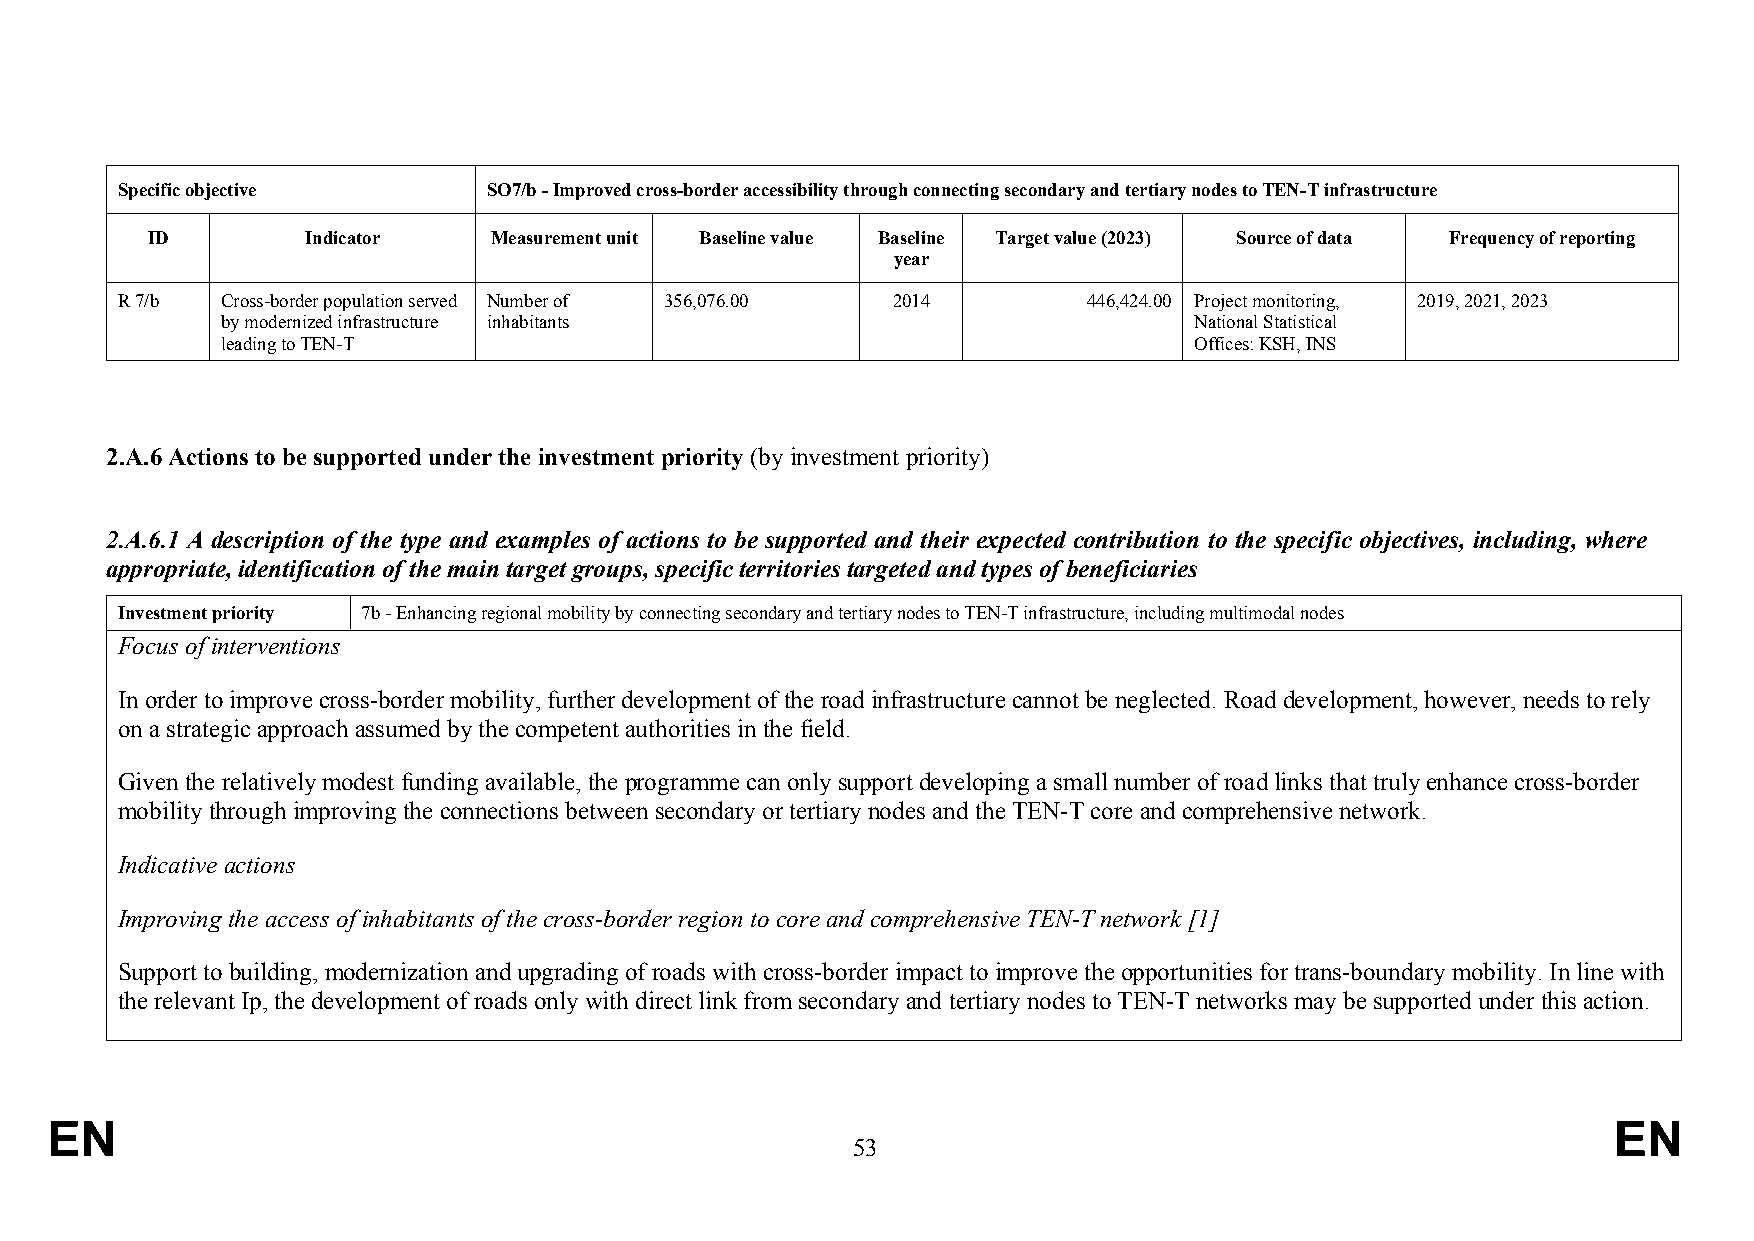
Specific objective      SO7/b - Improved cross-border accessibility through connecting secondary and tertiary nodes to TEN-T infrastructure
 ID        Indicator   Measurement unit Baseline value Baseline Target value (2023) Source of data Frequency of reporting
 year
 R 7/b  Cross-border population served Number of 356,076.00 2014 446,424.00 Project monitoring, 2019, 2021, 2023
 by modernized infrastructure inhabitants                        National Statistical
 leading to TEN-T                                                Offices: KSH, INS
 2.A.6 Actions to be supported under the investment priority (by investment priority)
 2.A.6.1 A description of the type and examples of actions to be supported and their expected contribution to the specific objectives, including, where
 appropriate, identification of the main target groups, specific territories targeted and types of beneficiaries
 Investment priority 7b - Enhancing regional mobility by connecting secondary and tertiary nodes to TEN-T infrastructure, including multimodal nodes
 Focus of interventions
 In order to improve cross-border mobility, further development of the road infrastructure cannot be neglected. Road development, however, needs to rely
 on a strategic approach assumed by the competent authorities in the field.
 Given the relatively modest funding available, the programme can only support developing a small number of road links that truly enhance cross-border
 mobility through improving the connections between secondary or tertiary nodes and the TEN-T core and comprehensive network.
 Indicative actions
 Improving the access of inhabitants of the cross-border region to core and comprehensive TEN-T network [1]
 Support to building, modernization and upgrading of roads with cross-border impact to improve the opportunities for trans-boundary mobility. In line with
 the relevant Ip, the development of roads only with direct link from secondary and tertiary nodes to TEN-T networks may be supported under this action.
 EN                                                                                                      EN
 53